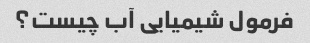
فرمول شیمیایی آب چیست؟